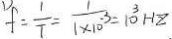
f = \frac { 1 } { T } = \frac { 1 } { 1 \times 1 0 ^ { - 3 } } = 1 0 ^ { 3 } H z